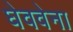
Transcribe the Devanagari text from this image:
घेववेना